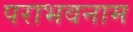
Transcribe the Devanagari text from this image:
पराभवनाम